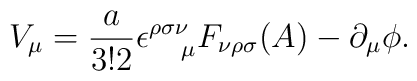
V_{\mu}=\frac{a}{3!2}\epsilon^{\rho\sigma\nu}_{~~~\mu}F_{\nu\rho\sigma}(A)-\partial_{\mu}\phi .